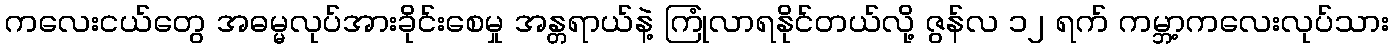
ကလေးငယ်တွေ အဓမ္မလုပ်အားခိုင်းစေမှု အန္တရာယ်နဲ့ ကြုံလာရနိုင်တယ်လို့ ဇွန်လ ၁၂ ရက် ကမ္ဘာ့ကလေးလုပ်သား